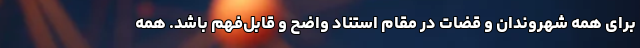
برای همه شهروندان و قضات در مقام استناد واضح و قابل‌فهم باشد. همه